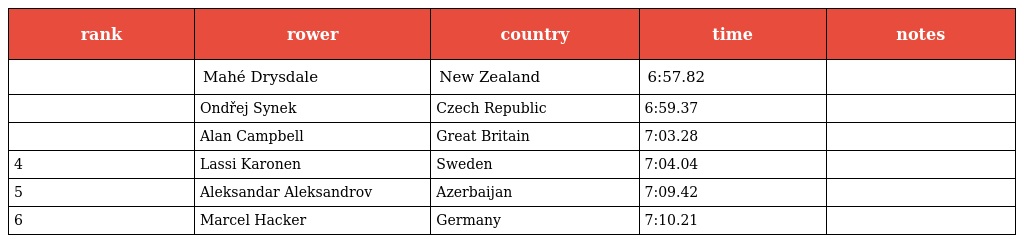
| rank | rower | country | time | notes |
 | --- | --- | --- | --- | --- |
 |  | Mahé Drysdale | New Zealand | 6:57.82 |  |
 |  | Ondřej Synek | Czech Republic | 6:59.37 |  |
 |  | Alan Campbell | Great Britain | 7:03.28 |  |
 | 4 | Lassi Karonen | Sweden | 7:04.04 |  |
 | 5 | Aleksandar Aleksandrov | Azerbaijan | 7:09.42 |  |
 | 6 | Marcel Hacker | Germany | 7:10.21 |  |